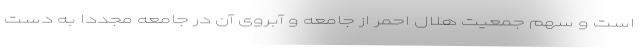
است و سهم جمعیت هلال احمر از جامعه و آبروی آن در جامعه مجددا به دست